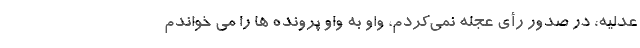
عدلیه، در صدور رأی عجله نمی‌کردم، واو به واو پرونده ها را می خواندم